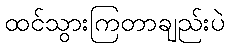
ထင်သွားကြတာချည်းပဲ